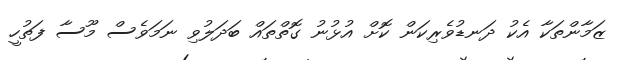
ޒަމާންތަކާ އެކު ދަނޑުވެރިކަން ކޮށް އުޅުނު ގޮތްތައް ބަދަލުވި ނަމަވެސް މޫސާ ފަތުހީ